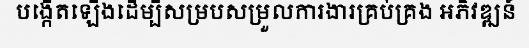
បង្កើតឡើងដើម្បីសម្របសម្រួលការងារគ្រប់គ្រង អភិវឌ្ឍន៍